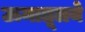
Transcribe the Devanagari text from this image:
ऊनातूलये